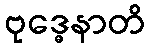
ဗုဒ္ဓေနာတိ